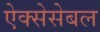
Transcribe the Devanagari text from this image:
ऐक्सेसेबल